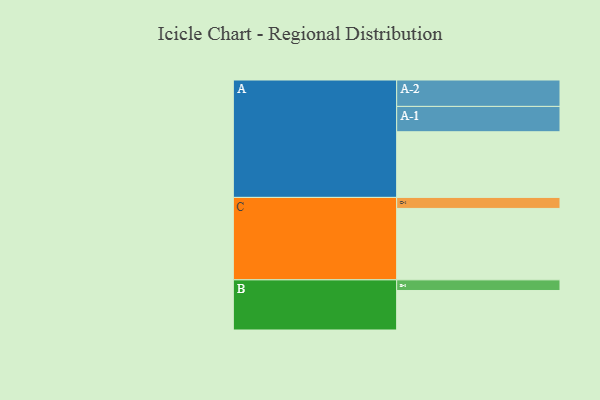
{"axis": {"x": "Segment", "y": "Value"}, "legend": ["", "A", "B", "C"], "data": [{"x": "A", "y": 537, "type": ""}, {"x": "B", "y": 323, "type": ""}, {"x": "C", "y": 584, "type": ""}, {"x": "A-1", "y": 207, "type": "A"}, {"x": "A-2", "y": 216, "type": "A"}, {"x": "B-1", "y": 87, "type": "B"}, {"x": "C-1", "y": 90, "type": "C"}]}